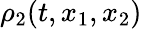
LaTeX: \rho_{2}(t,x_{1},x_{2})